Report of the Indian Hemp Drugs Commission, 1894-1895 - Volume IV
Year: 1894
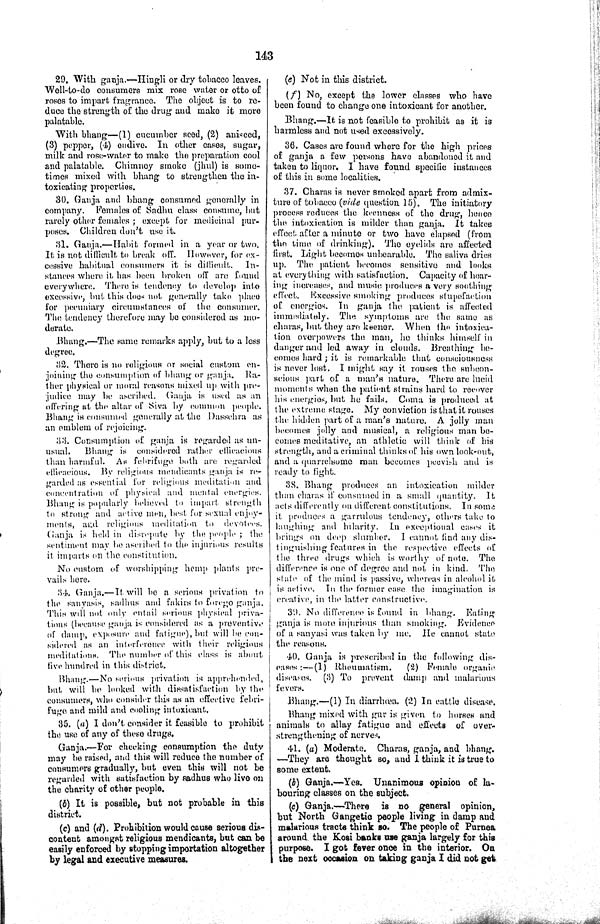
143
29. With ganja.—Hingli or dry tobacco leaves.
Well-to-do consumers mix rose water or otto of
roses to impart fragrance. The object is to re¬
duce the strength of the drug and make it more
palatable.
With bhang—(1) cucumber seed, (2) aniseed,
(3) pepper, (4) endive. In other cases, sugar,
milk and rose-water to make the preparation cool
and palatable. Chimney smoke (jhul) is some¬
times mixed with bhang to strengthen the in¬
toxicating properties.
30. Ganja and bhang consumed generally in
company. Females of Sadhu class consume, but
rarely other females; except for medicinal pur¬
poses. Children don't use it.
31. Ganja.—Habit formed in a year or two.
It is not difficult to break off. However, for ex¬
cessive habitual consumers it is difficult. In-
stances where it has been broken off are found
everywhere. There is tendency to develop into
excessive, but this does not generally take place
for pecuniary circumstances of the consumer.
The tendency therefore may be considered as mo¬
derate.
Bhang.—The same remarks apply, but to a less
degree.
32. There is no religious or social custom en¬
joining the consumption of bhang or ganja. Ra¬
ther physical or moral reasons mixed up with pre¬
judice may be ascribed. Ganja is used as an
offering at the altar of Siva by common people.
Bhang is consumed generally at the Dassehra as
an emblem of rejoicing.
33. Consumption of ganja is regarded as un¬
usual. Bhang is considered rather efficacious
than harmful. As febrifuge both are regarded
ellieaeiouH. By religious mendicants ganja is re¬
garded as essential for religious meditation and
concentration of physical and mental energies.
Bhang is popularly believed to impart strength
to strong and active men, best for sexual enjoy¬
ments, and religious meditation to devotees.
Ganja is held in disrepute by the people; the
sentiment may be ascribed to the injurious results
it imparts on the constitution.
No custom of worshipping hemp plants pre¬
vails here.
34. Ganja.—It will be a serious privation to
the sanyasis, sadhus and fakirs to forego ganja.
This will not only entail serious physical priva¬
tions (because ganja is considered as a preventive
of damp, exposure and fatigue), but will be con-
sidered as an interference with their religious
meditations. The number of this class is about
five hundred in this district.
Bhang.—No serious privation is apprehended,
but will be looked with dissatisfaction by the
consumers, who consider this as an effective febri¬
fuge and mild and cooling intoxicant.
35. (a) I don't consider it feasible to prohibit
the use of any of these drugs.
Ganja.—For checking consumption the duty
may be raised, and this will reduce the number of
consumers gradually, but even this will not be
regarded with satisfaction by sadhus who live on
the charity of other people.
(b) It is possible, but not probable in this
district.
(c) and (d). Prohibition would cause serious dis-
content amongst religious mendicants, but can be
easily enforced by stopping importation altogether
by legal and executive measures.
(e) Not in this district.
(f) No, except the lower classes who have
been found to change one intoxicant for another.
Bhang.—It is not feasible to prohibit as it is
harmless and not used excessively.
36. Cases are found where for the high prices
of ganja a few persons have abandoned it and
taken to liquor. I have found specific instances
of this in some localities.
37. Charas is never smoked apart from admix¬
ture of tobacco (vide question 15). The initiatory
process reduces the keenness of the drug, hence
the intoxication is milder than ganja. It takes
effect after a minute or two have elapsed (from
the time of drinking). The eyelids are affected
first. Light becomes unbearable. The saliva dries
up. The patient becomes sensitive and looks
at everything with satisfaction. Capacity of hear-
ing increases, and music produces a very soothing
effect. Excessive smoking produces stupefaction
of energies. In ganja the patient is affected
immediately. The symptoms are the same as
charas, but they are keener. When the intoxica¬
tion overpowers the man, he thinks himself in
danger and led away in clouds. Breathing be¬
comes hard; it is remarkable that consciousness
is never lost. I might say it rouses the subcon-
scious part of a man's nature. There are lucid
moments when the patient strains hard to recover
his energies, but he fails. Coma is produced at
the extreme stage. My conviction is that it rouses
the hidden part of a man's nature. A jolly man
becomes jolly and musical, a religious man be¬
comes meditative, an athletic will think of his
strength, and a criminal thinks of his own look-out,
and a quarrelsome man becomes peevish and is
ready to fight.
38. Bhang produces an intoxication milder
than charas if consumed in a small quantity. It
acts differently on different constitutions. In some
it produces a garrulous tendency, others take to
laughing and hilarity. In exceptional cases it
brings on deep slumber. I cannot find any dis¬
tinguishing features in the respective effects of
the three drugs which is worthy of note. The
difference is one of degree and not in kind. The
state of the mind is passive, whereas in alcohol it
is active. In the former case the imagination is
creative, in the latter constructive.
39. No difference is found in bhang. Eating
ganja is more injurious than smoking. Evidence
of a sanyasi was taken by me. He cannot state
the reasons.
40. Ganja is prescribed in the following dis¬
cases:—(1) Rheumatism. (2) Female organic
diseases. (3) To prevent damp and malarious
fevers.
Bhang.—(1) In diarrhœa. (2) In cattle disease.
Bhang mixed with gur is given to horses and
animals to allay fatigue and effects of over-
strengthening of nerves.
41. (a) Moderate. Charas, ganja, and bhang.
—They are thought so, and I think it is true to
some extent.
(b) Ganja.—Yes. Unanimous opinion of la-
bouring classes on the subject.
(c) Ganja.—There is no general opinion,
but North Gangetic people living in damp and
malarious tracts think so. The people of Purnea
around the Kosi banks use ganja largely for this
purpose. I got fever once in the interior. On
the next occasion on taking ganja I did not get